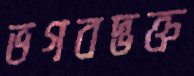
ভগবদ্ভক্ত